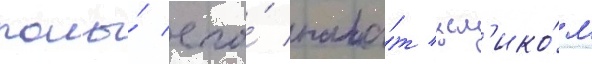
полы́ его́ пала́т цел'ико́м